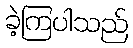
ခဲ့ကြပါသည်